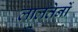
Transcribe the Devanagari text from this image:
लालतेनों